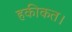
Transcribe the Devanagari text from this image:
हकीकत।